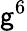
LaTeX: \mathsf{g}^{6}